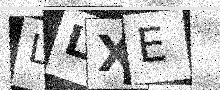
Text: LLXE